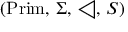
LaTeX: ( { \mathrm { P r i m } } , \, \Sigma , \, \triangleleft , \, S )